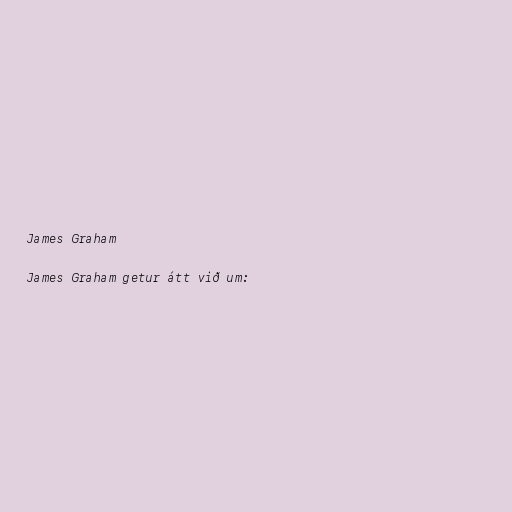
James Graham

James Graham getur átt við um: